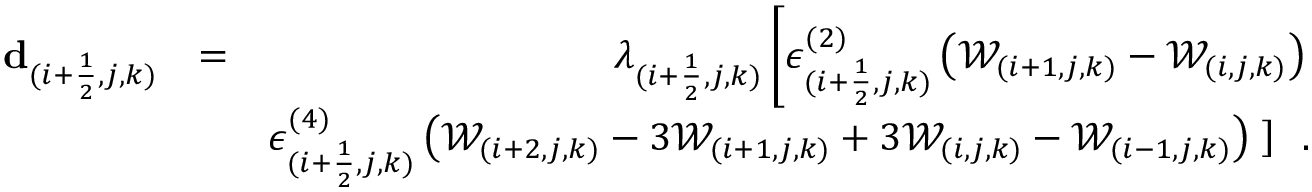
\begin{array} { r l r } { \mathbf { d } _ { ( i + \frac { 1 } { 2 } , j , k ) } } & { = } & { \lambda _ { ( i + \frac { 1 } { 2 } , j , k ) } \left[ \epsilon _ { ( i + \frac { 1 } { 2 } , j , k ) } ^ { ( 2 ) } \left( \mathcal { W } _ { ( i + 1 , j , k ) } - \mathcal { W } _ { ( i , j , k ) } \right) \right. } \\ & { } & { \epsilon _ { ( i + \frac { 1 } { 2 } , j , k ) } ^ { ( 4 ) } \left( \mathcal { W } _ { ( i + 2 , j , k ) } - 3 \mathcal { W } _ { ( i + 1 , j , k ) } + 3 \mathcal { W } _ { ( i , j , k ) } - \mathcal { W } _ { ( i - 1 , j , k ) } \right) \left. \right] \, \mathrm { ~ . } } \end{array}